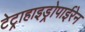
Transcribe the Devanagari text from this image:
टेट्राहाइड्रोपाईरेन